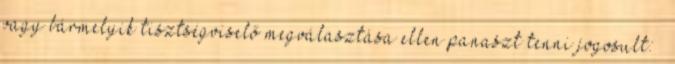
vagy bármelyik tisztségviselő megválasztása ellen panaszt tenni jogosult: –